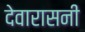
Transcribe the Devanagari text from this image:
देवारासनी